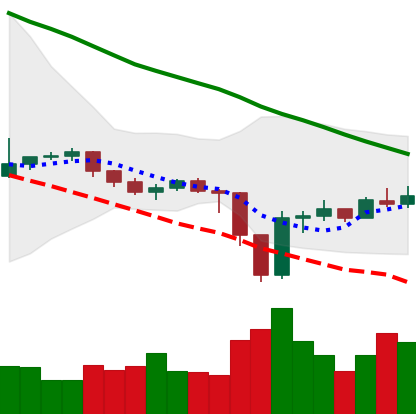
Ticker: EOS-USD
Chart end date: 2019-12-24
Forward return: 5.207%
Label: up_5_7